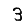
Digit: 3